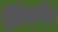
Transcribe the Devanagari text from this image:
जिंदगी।